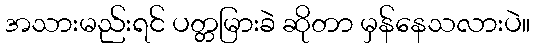
အသားမည်းရင် ပတ္တမြားခဲ ဆိုတာ မှန်နေသလားပဲ။